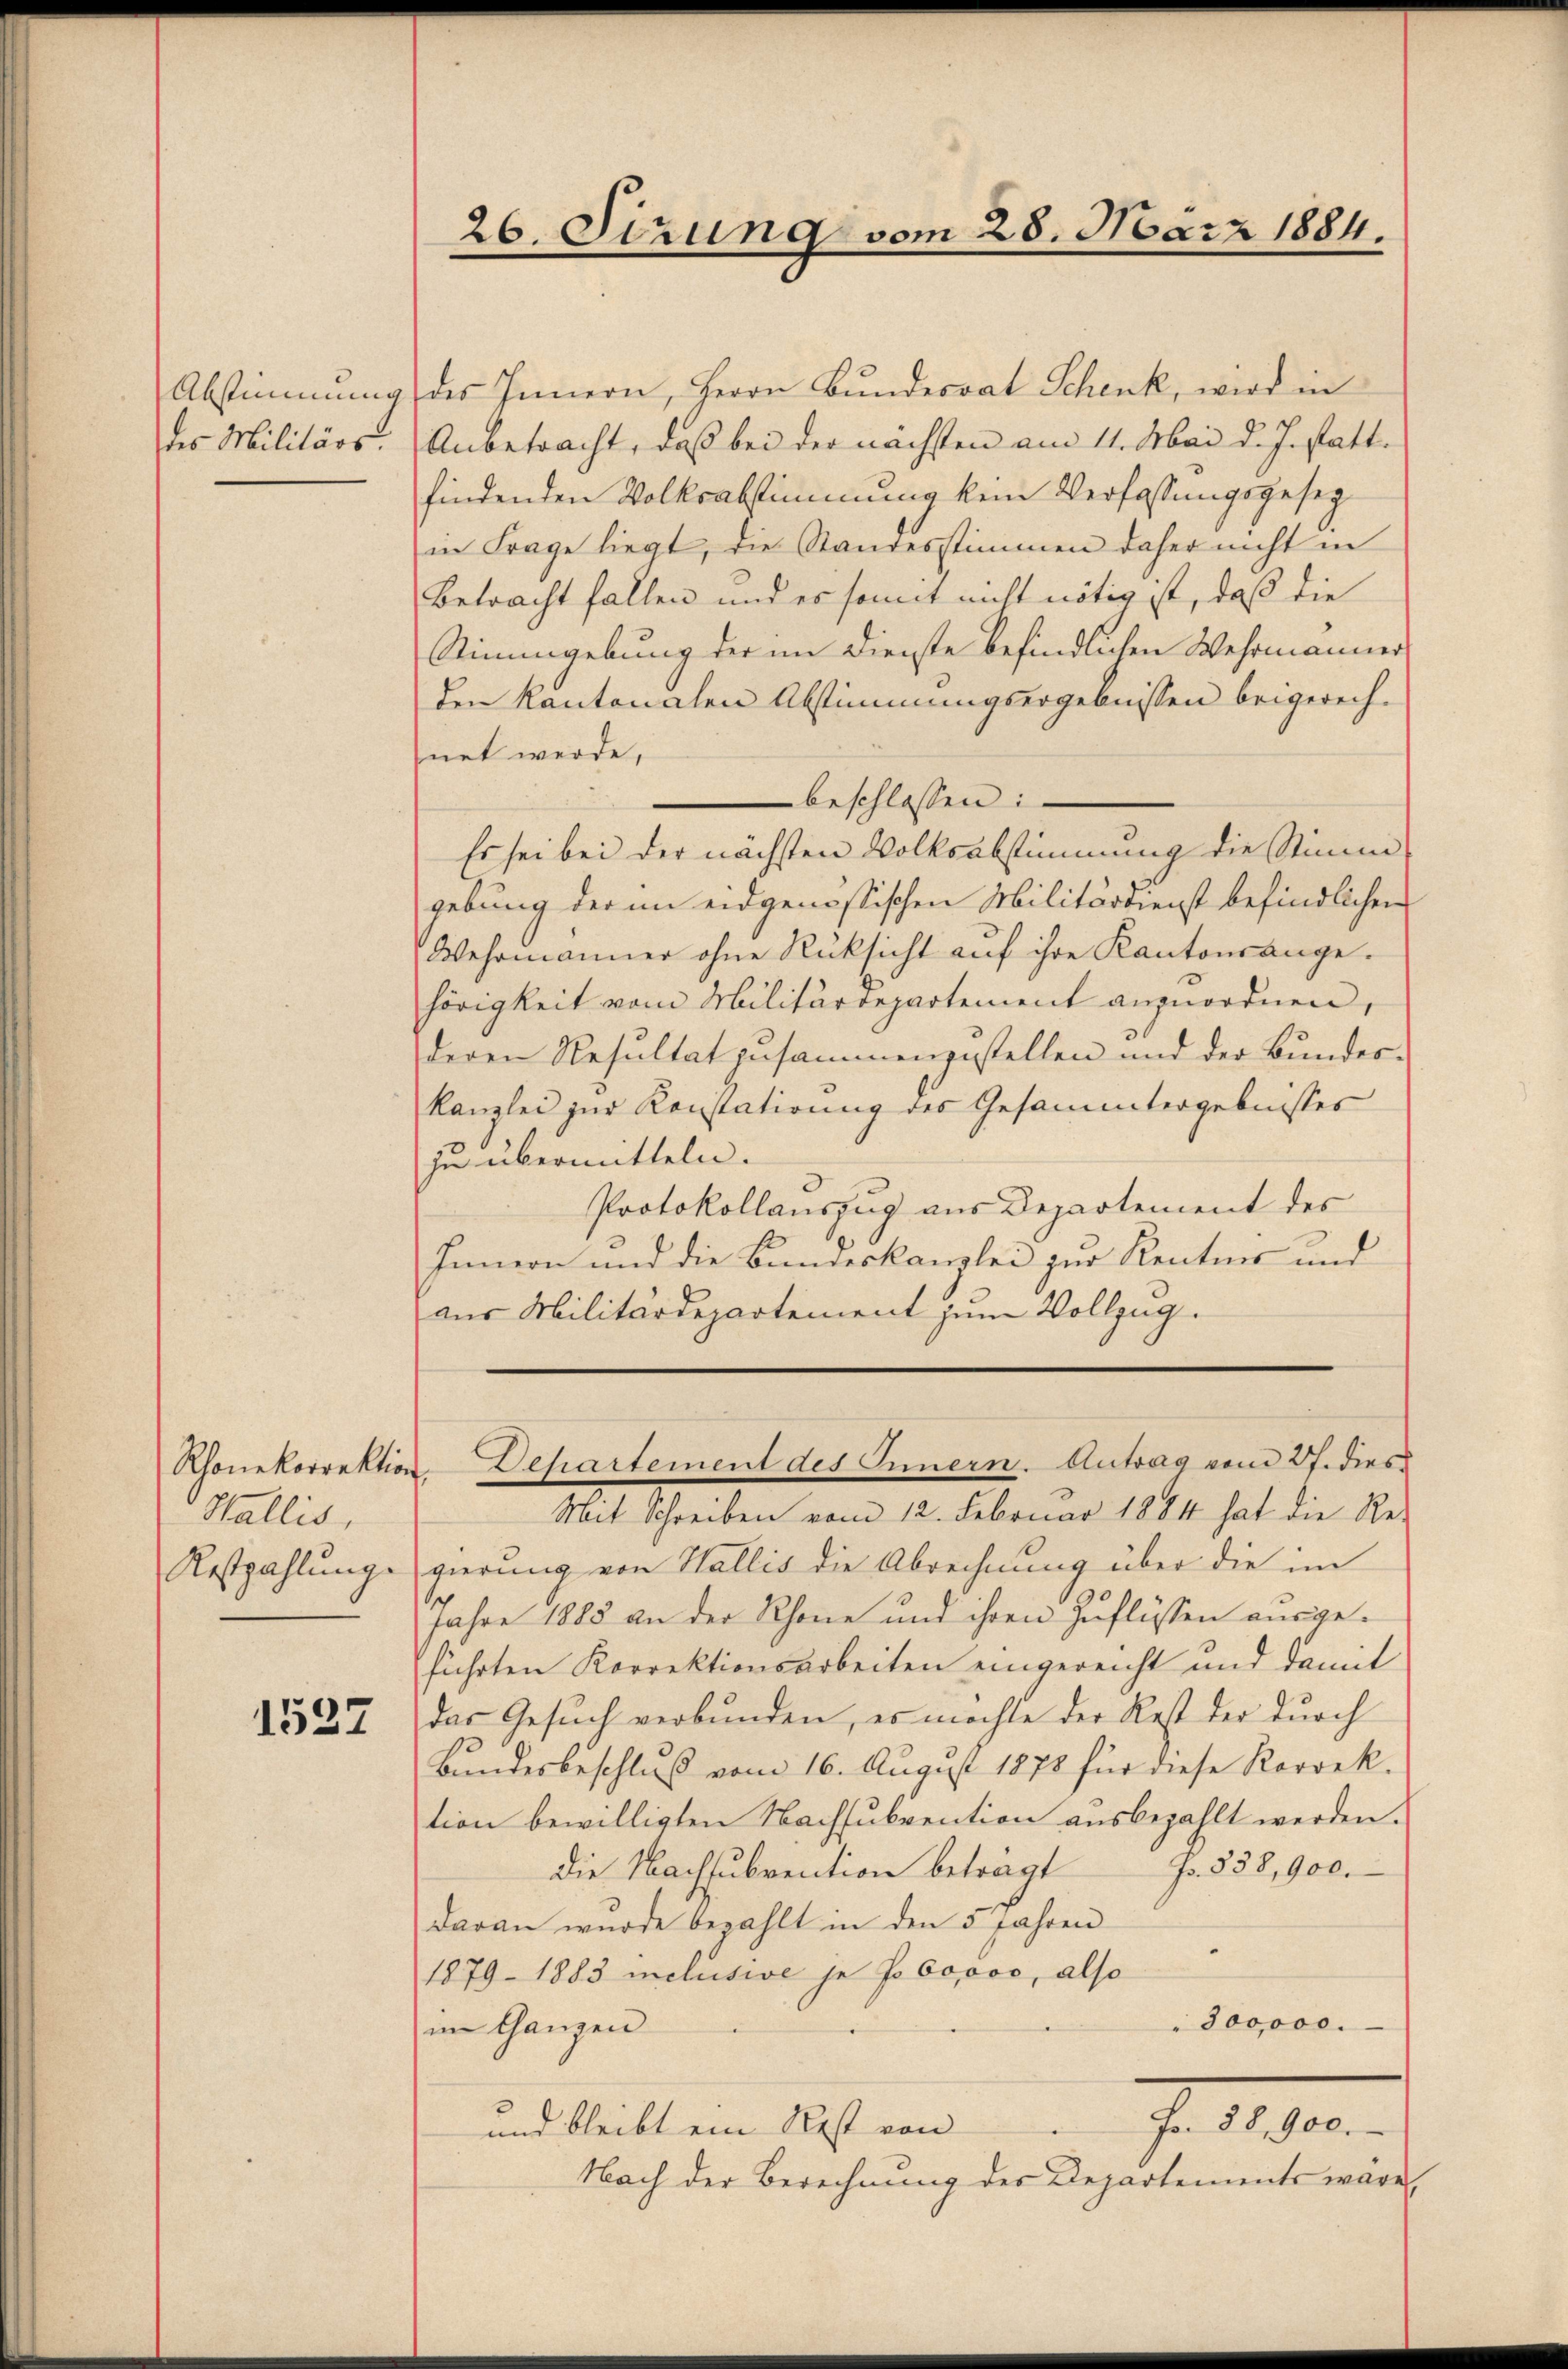
Abstimmung
des Militärs.

Wallis,
Reszahlung.

1537

26. Sirung vom 28. März 1884.

des Innern, Herrn Bundesrat Schenk, wird in
Anbetracht, daß bei der nächsten am 11. Mai d. J. statt.
findenden Volksabstimmung kein Verfassungsgesezin Frage liegt, die Standesstimmen daher nicht in
Betracht fallen und es somit nicht nötig ist, daß die
Stimmgebung der im Dienste befindlichen Wehrmanner
den Kantonalen Abstimmungsergebnissen beigerech-
net werde,
beschlossen:
Es sei bei der nächsten Volksabstimmung die Stimm-
gebung der im eidgenössischen Militärdienst befindlichen
Wehrmanner ohne Rücksicht auf ihre Kantonsange-
hörigkeit vom Militärdepartement anzuordnen,
deren Resultat zusammenzustellen und der Bundes¬
Kanzlei zur Konstatirung des Gesammtergebnisses
zu übermitteln.
Protokollauszug aus Departement des
Innern und die Bundeskanzlei zur Renters und
aus Militärdepartement zum Vollzug.

Rhonekorrektion, Departement des Innern. Antrag vom 27. dies

Mit Schreiben vom 12. Februar 1884 hat die Regierung von Wallis die Abrechnung über die im
Jahre 1885 an der Schöne und ihren Zuflüssen ausgeführten Korrektionsarbeiten eingereicht und damit
das Gesuch verbunden, es möchte der Rest der durch
Bundesbeschluß vom 16. August 1878 für diese Korrek-
tion bewilligten Nachsubvention ausbezahlt werden.
die Nachsubvention beträgt J. 838, 900.
daran wurde bezahlt in den 5 Jahren
1879 - 1883 inclusive je soooooo, also
300000.
im Ganzen
J. 1890.
und bleibt ein Rest von
Nach der Berechnung der Departements wäre,